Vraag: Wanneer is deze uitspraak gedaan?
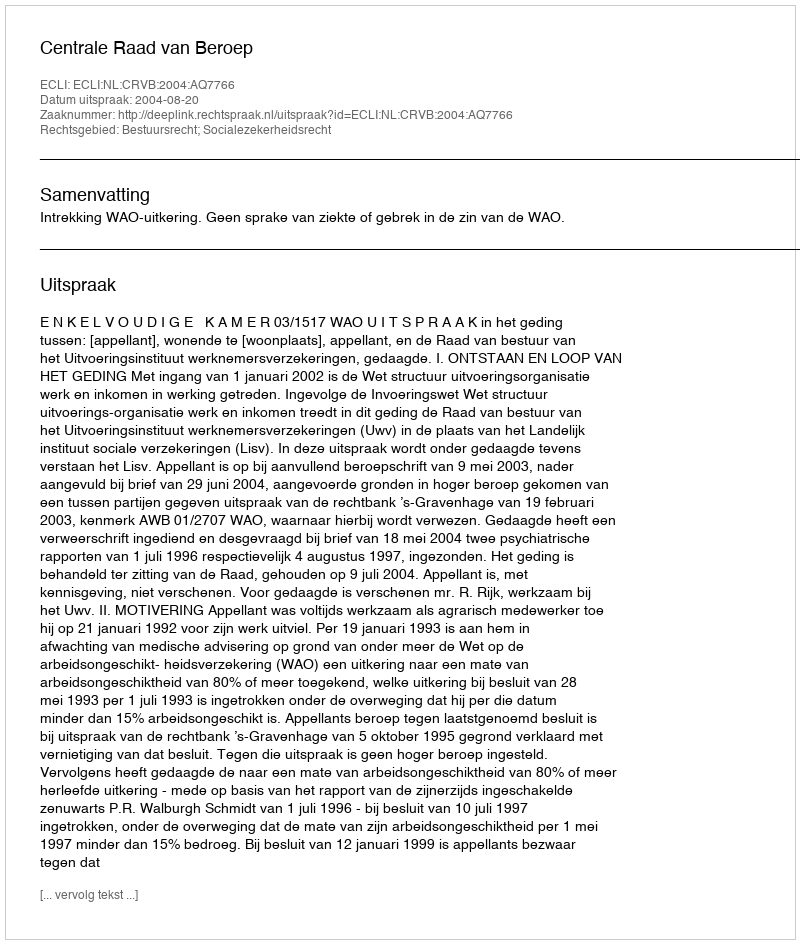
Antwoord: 2004-08-20